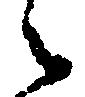
々